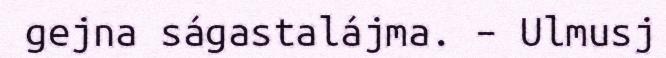
gejna ságastalájma. – Ulmusj